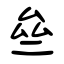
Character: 亝